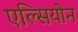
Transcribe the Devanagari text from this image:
एल्सियोन